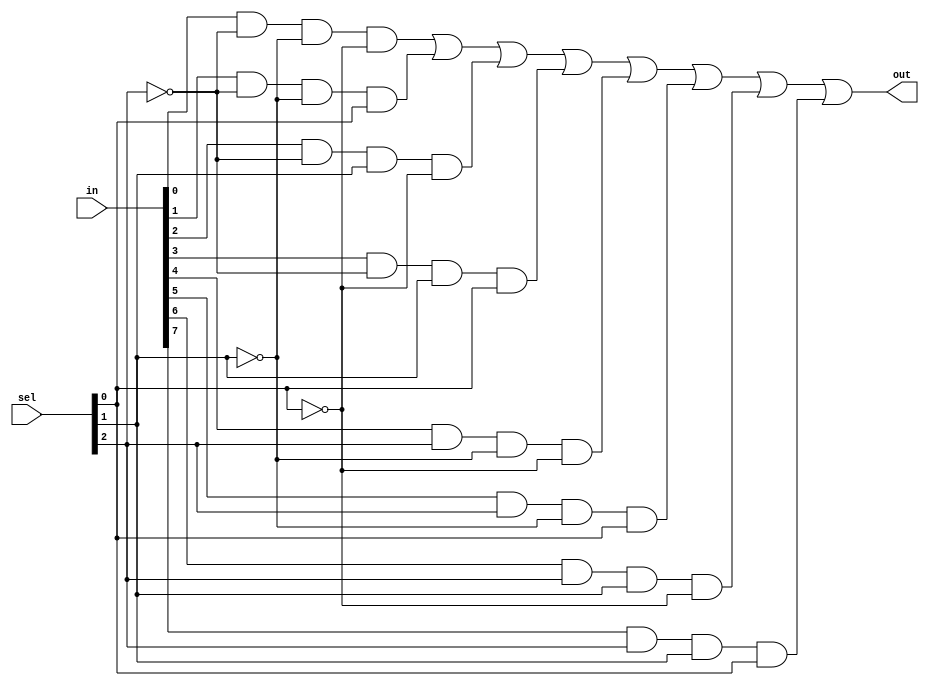
`timescale 1ns / 1ps
//////////////////////////////////////////////////////////////////////////////////
// Company: 
// Engineer: 
// 
// Design Name: 
// Module Name: MUX8_1
// Project Name: 
// Target Devices: 
// Tool Versions: 
// Description: 
// 
// Dependencies: _!
// 
// Revision:
// Revision 0.01 - File Created
// Additional Comments:
// 
//////////////////////////////////////////////////////////////////////////////////


module MUX8_1(
    input [7:0] in,
    input [2:0] sel,
    output out
    );
    
    assign out = (in[0] & ~sel[2] & ~sel[1] & ~sel[0])|
    (in[1] & ~sel[2] & ~sel[1] & sel[0])|
    (in[2] & ~sel[2] & sel[1] & ~sel[0])|
    (in[3] & ~sel[2] & sel[1] & sel[0])|
    (in[4] & sel[2] & ~sel[1] & ~sel[0])|
    (in[5] & sel[2] & ~sel[1] & sel[0])|
    (in[6] & sel[2] & sel[1] & ~sel[0])|
    (in[7] & sel[2] & sel[1] & sel[0]); 
    
endmodule